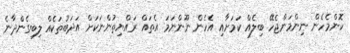
ކޮންމެހެން ނިންމަންޖެހޭ ބިލެއް ކަމަށާއި އެހެން ނޫންނަމަ އެތައް ރައްޔިތުންނަކަށް އަދަބުތަކެއް ލިބިގެންދާނެ